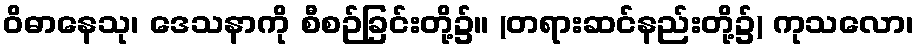
ဝိဓာနေသု၊ ဒေသနာကို စီစဉ်ခြင်းတို့၌။ (တရားဆင်နည်းတို့၌) ကုသလော၊